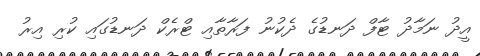
އީދު ނަމާދު ޓާފް ދަނޑުގެ ދެކުނު ފަރާތާއި ޓްރެކް ދަނޑުގައި ކުރި އިރު